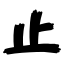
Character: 止